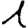
Digit: 1